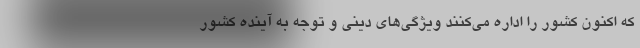
که اکنون کشور را اداره می‌کنند ویژگی‌های دینی و توجه به آینده کشور